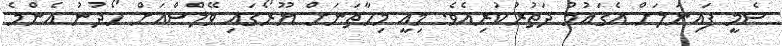
ސެމީ ފައިނަލަށް އެގައުމު ދަތުރުކުރިއެވެ. މިއީ މިހާތަނަށް ޔޫރޯގައި ވޭލްސްއަށް ހޯދުނު އެންމެ